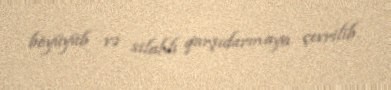
böyüyüb və silahlı qarşıdurmaya çevrilib.